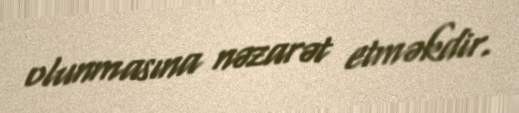
olunmasına nəzarət etməkdir.